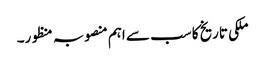
ملکی تاریخ کا سب سے اہم منصوبہ منظور۔